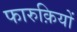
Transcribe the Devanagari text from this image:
फारुक़ियों